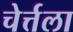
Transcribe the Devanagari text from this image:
चेर्त्तला